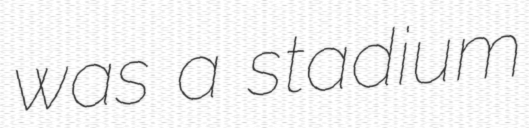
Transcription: was a stadium